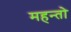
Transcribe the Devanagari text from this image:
महन्तो